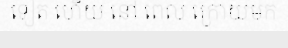
ទៀត ហើយ នៅ ពេល ក្រោយមក